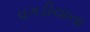
વગડીયાના